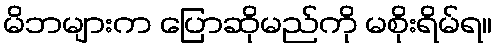
မိဘများက ပြောဆိုမည်ကို မစိုးရိမ်ရ။